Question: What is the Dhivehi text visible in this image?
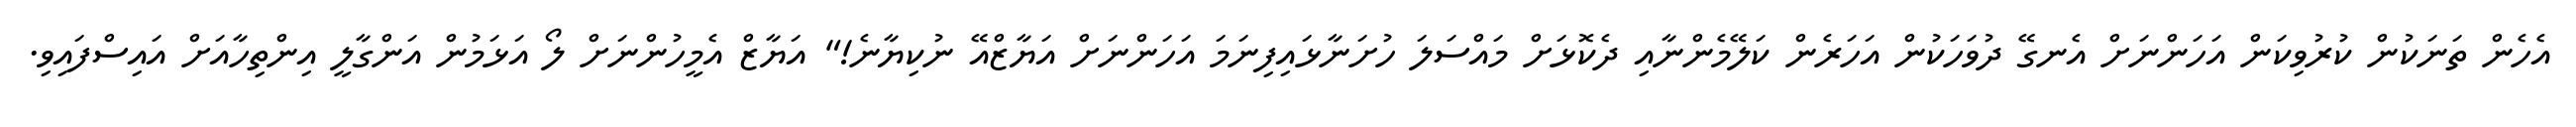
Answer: އެހެން ތަނަކުން ކުރުވިކަން އަހަންނަށް އެނގޭ ދުވަހަކުން އަހަރެން ކަލޭމެންނާއި ދެކޮޅަށް މައްސަލަ ހުށަނާޅައިފިނަމަ އަހަންނަށް އަޔާޒްއޭ ނުކިޔާނެ!" އަޔާޒް އެމީހުންނަށް ލޯ އަޅަމުން އަންގާލީ އިންތިހާއަށް އައިސްފައިވި.